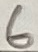
Text: 6